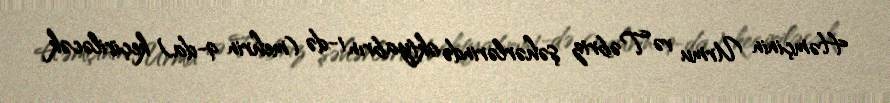
Həmçinin Urmu və Təbriz şəhərlərində oktyabrın 1-də (mehrin 9-da) keçiriləcək